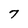
Character: 7